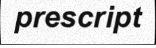
prescript